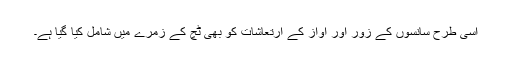
اسی طرح سانسوں کے زور اور آواز کے ارتعاشات کو بھی ٹچ کے زمرے میں شامل کیا گیا ہے۔